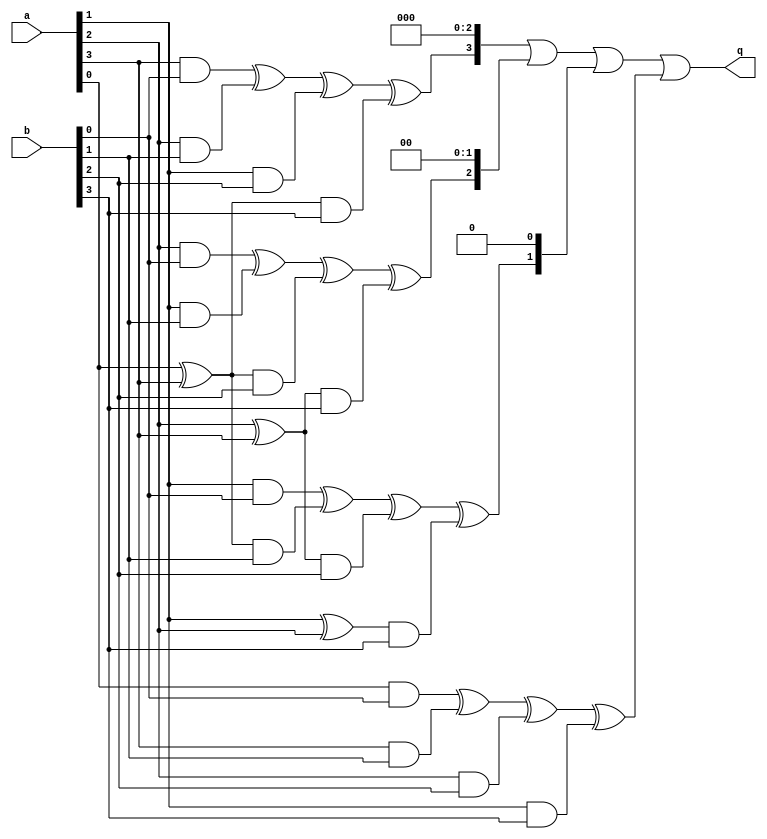
module mul4(a, b, q);
  input  [3:0] a, b;
  output [3:0] q;
  wire   aA,  aB, q0, q1, q2, q3;
  wire   acc0, acc1, acc2, acc3;

  assign  aA = a[0] ^ a[3];
  assign  aB = a[2] ^ a[3];
  assign  q0 = (a[0] & b[0]) ^ (a[3] & b[1]) ^ (a[2] & b[2]) ^  (a[1] & b[3]);
  assign  q1 = (a[1] & b[0]) ^ (aA   & b[1]) ^ (aB   & b[2]) ^ ((a[1] ^ a[2]) & b[3]);
  assign  q2 = (a[2] & b[0]) ^ (a[1] & b[1]) ^ (aA   & b[2]) ^  (aB & b[3]);
  assign  q3 = (a[3] & b[0]) ^ (a[2] & b[1]) ^ (a[1] & b[2]) ^  (aA & b[3]);
  assign  q = (q3 << 3) | (q2 << 2) | (q1 << 1) | q0;
endmodule